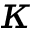
\kappa